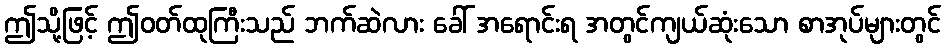
ဤသို့ဖြင့် ဤဝတ်ထုကြီးသည် ဘက်ဆဲလား ခေါ် အရောင်းရ အတွင်ကျယ်ဆုံးသော စာအုပ်များတွင်